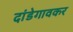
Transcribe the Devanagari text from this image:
दांडेगावकर